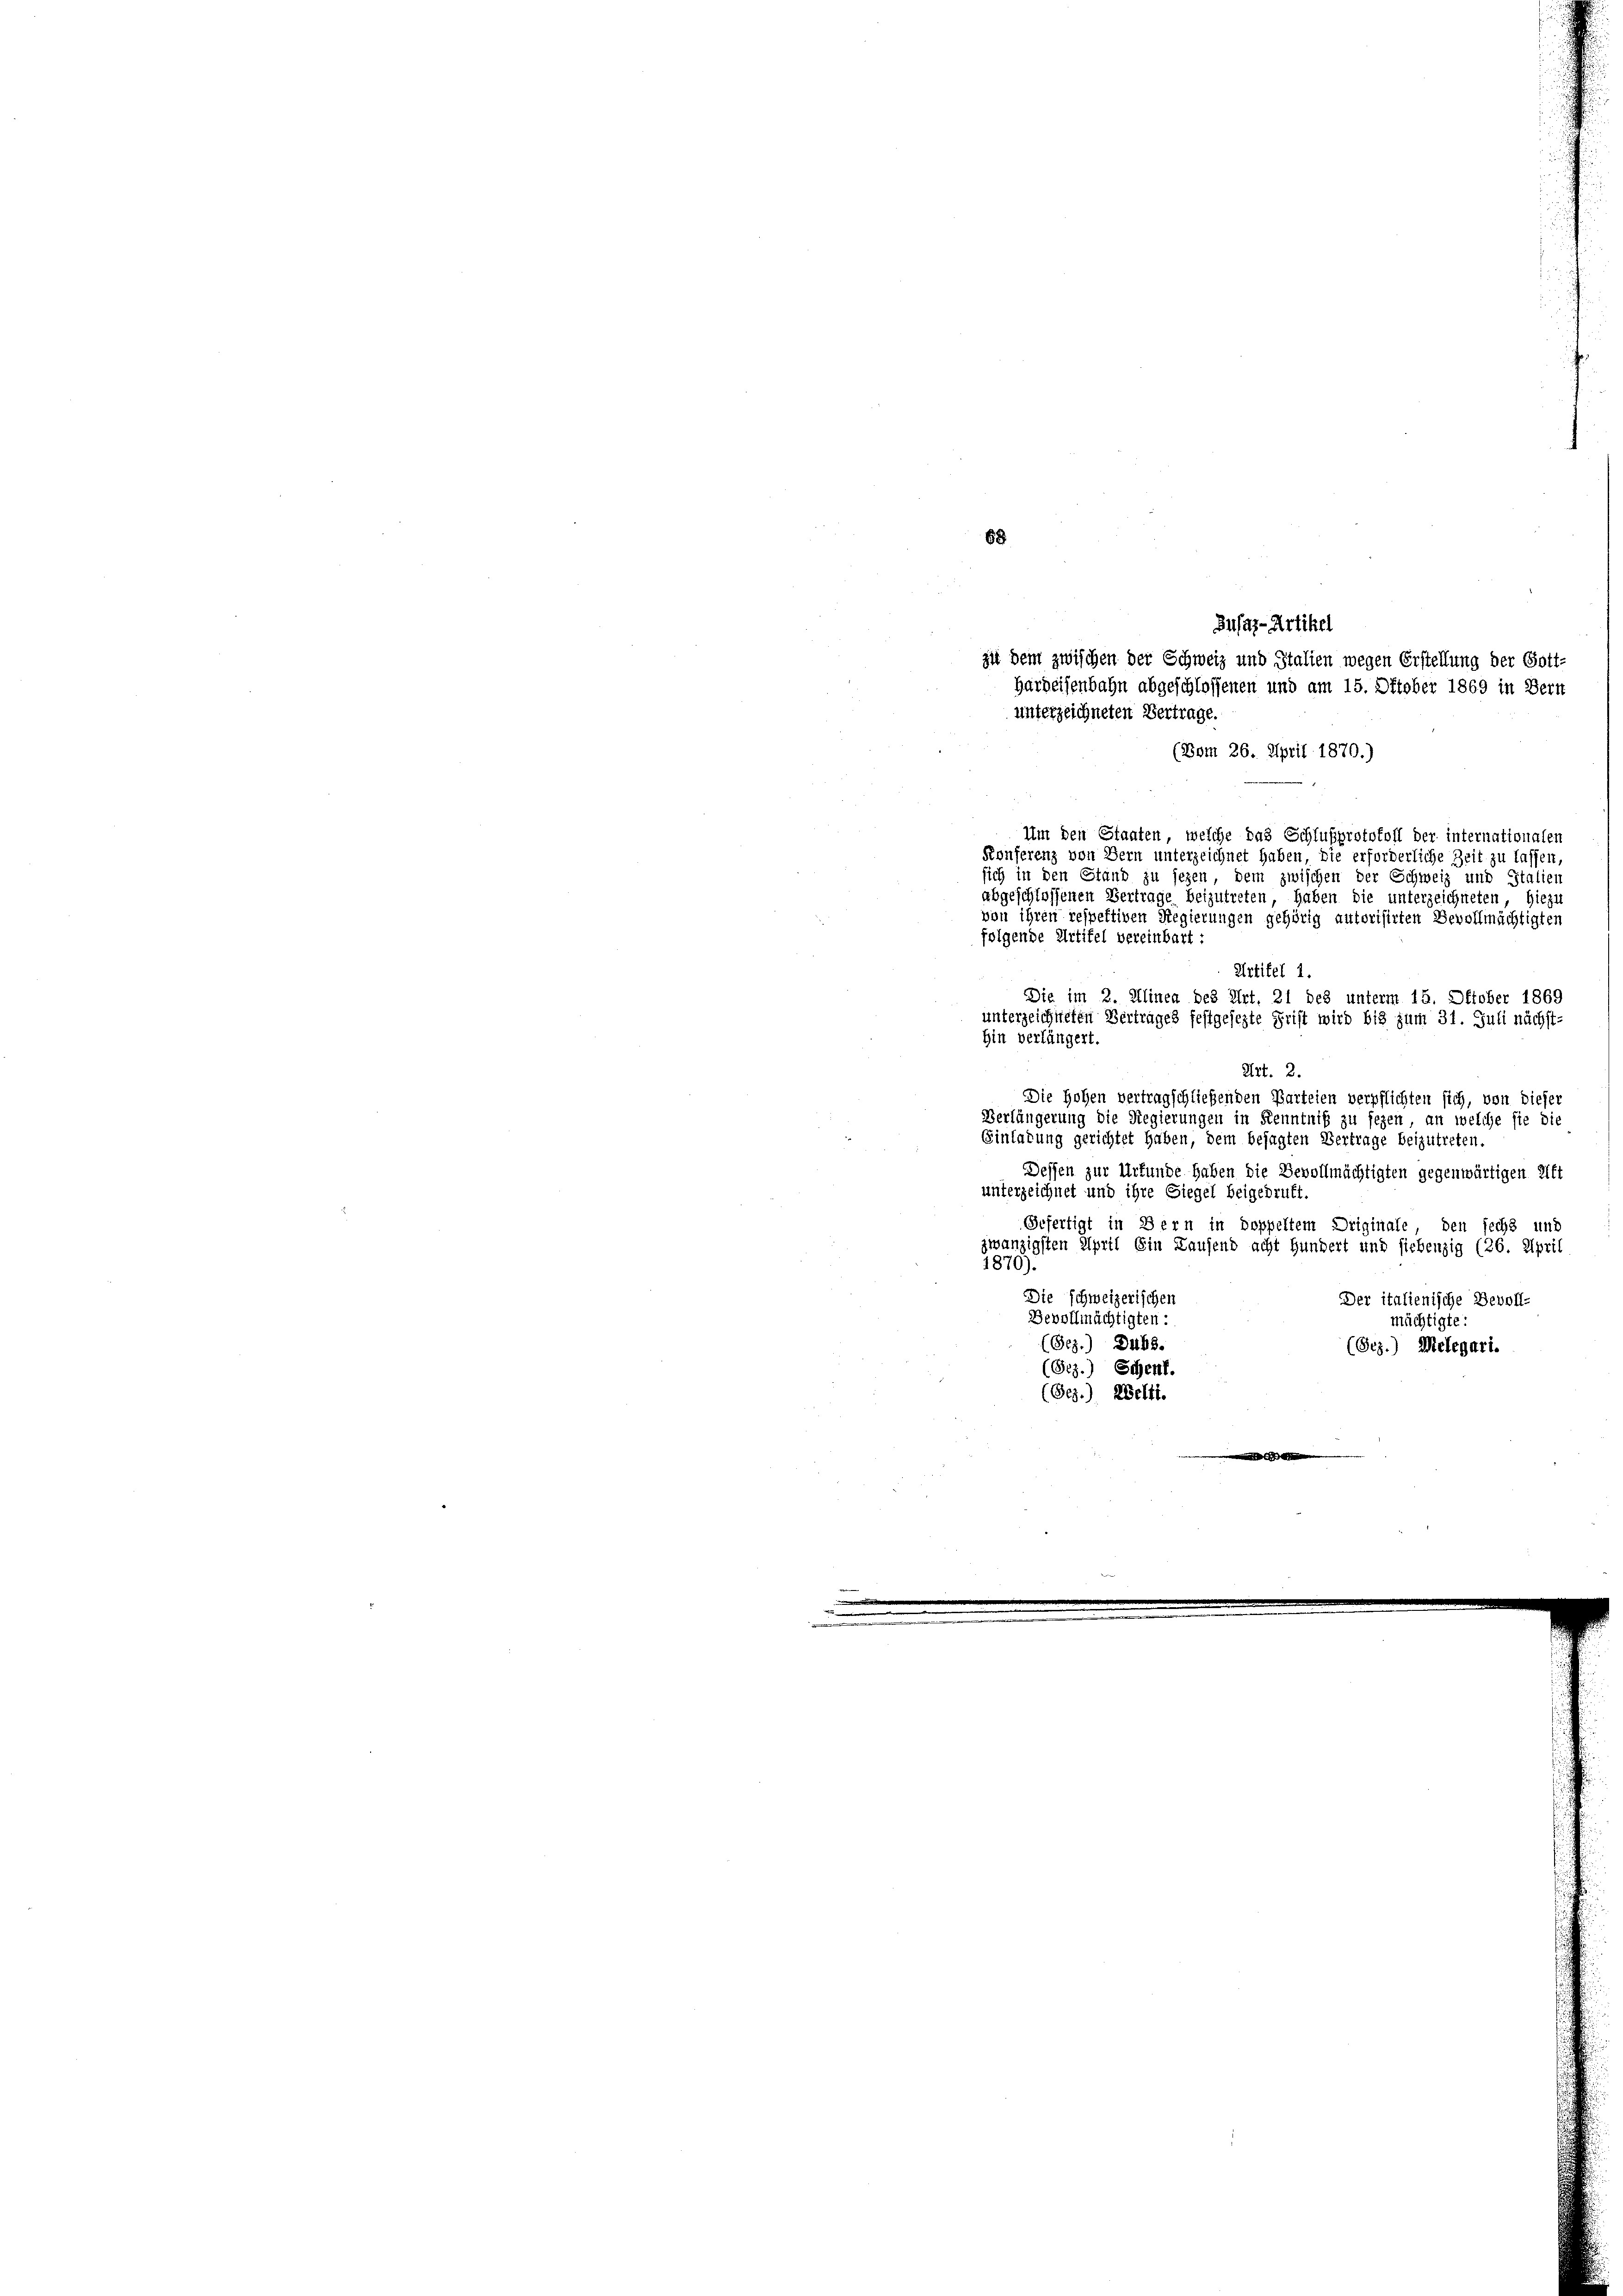
68

Die im 2. Alinea des Art. 21 des unterm 15. Oktober 1869
unterzeichneten Vertrages festgesezte Frist wird bis zum 31. Juli nächst-
hin verlängert.
Art. 2.
Die Hohen vertragschließenden Parteien verpflichten sich, von dieser
Verlängerung die Regierungen in Kenntniß zu sezen, an welche sie die
Einladung gerichtet haben, dem bejagten Vertrage beizutreten.
Dessen zur Urkunde haben die Bevollmächtigten gegenwärtigen elft
unterzeichnet und ihre Siegel beigedrukt
Gefertigt in Bern in doppeltem Driginale, den sechs und
zwanzigsten April Ein Laufend acht Hundert und siebenzig (26. April
4870).
Die Schweizerischen
Der italienische Bevoll-
Bevollmächtigten :
mächtigte:
(Gez.) Dubs.
(Bez.) Melegari.
Schent.
(Bez.
(Bez.) Welti.
.

Busas-Artikel
zu dem zwischen der Schweiz und Stalien wegen Erstellung der Gott-
Harbeisenbahn abgeschlossenen und am 15. Oktober 1869 in Bern
unterzeichneten Vertrage.
(Bom 26. April 1870.)
Um den Staaten, welche das Schlußprotokoll der internationalen
Konferenz von Bern unterzeichnet haben, die erforderliche Zeit zu lassen
sich in den Stand zu sezen, dem zwischen der Schweiz und Italien
abgeschlossenen Vertrage beizutreten, haben die unterzeichneten hiezu
von ihren respektiven Regierungen gehörig autorisirten Bevollmächtigten
folgende Artikel vereinbart :
Artikel 1.